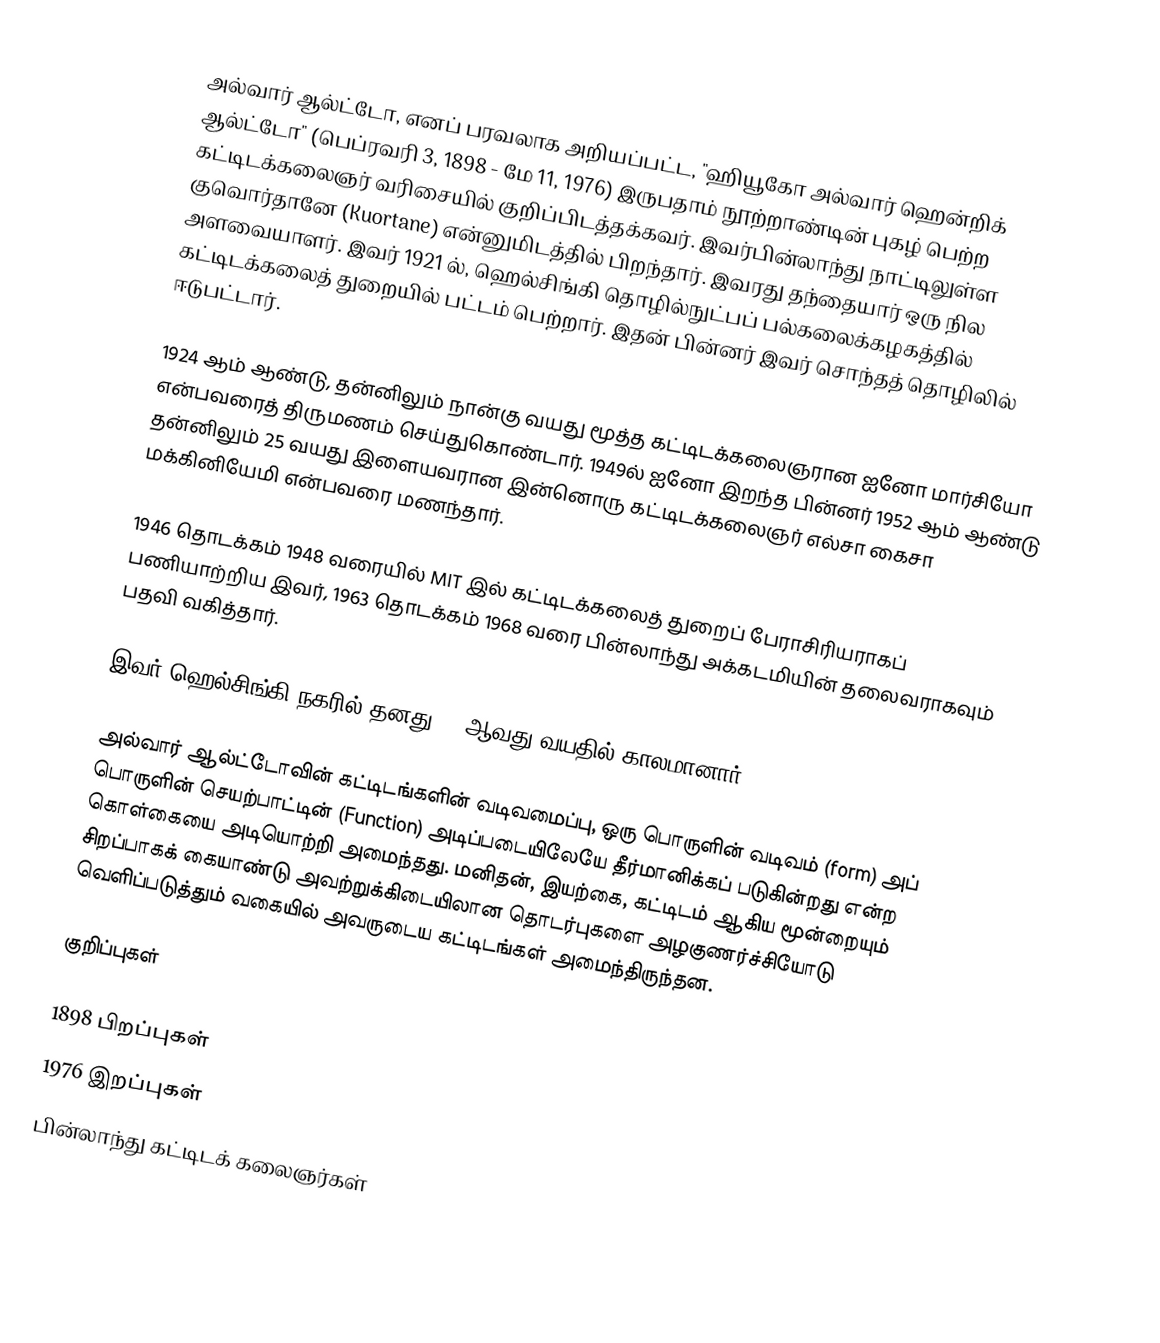
அல்வார் ஆல்ட்டோ, எனப் பரவலாக அறியப்பட்ட, "ஹியூகோ அல்வார் ஹென்றிக் ஆல்ட்டோ" (பெப்ரவரி 3, 1898 - மே 11, 1976) இருபதாம் நூற்றாண்டின் புகழ் பெற்ற கட்டிடக்கலைஞர் வரிசையில் குறிப்பிடத்தக்கவர். இவர்பின்லாந்து நாட்டிலுள்ள குவொர்தானே (Kuortane) என்னுமிடத்தில் பிறந்தார். இவரது தந்தையார் ஒரு நில அளவையாளர். இவர் 1921 ல், ஹெல்சிங்கி தொழில்நுட்பப் பல்கலைக்கழகத்தில் கட்டிடக்கலைத் துறையில் பட்டம் பெற்றார். இதன் பின்னர் இவர் சொந்தத் தொழிலில் ஈடுபட்டார்.

1924 ஆம் ஆண்டு, தன்னிலும் நான்கு வயது மூத்த கட்டிடக்கலைஞரான ஐனோ மார்சியோ என்பவரைத் திருமணம் செய்துகொண்டார். 1949ல் ஐனோ இறந்த பின்னர் 1952 ஆம் ஆண்டு தன்னிலும் 25 வயது இளையவரான இன்னொரு கட்டிடக்கலைஞர் எல்சா கைசா மக்கினியேமி என்பவரை மணந்தார்.

1946 தொடக்கம் 1948 வரையில் MIT இல் கட்டிடக்கலைத் துறைப் பேராசிரியராகப் பணியாற்றிய இவர், 1963 தொடக்கம் 1968 வரை பின்லாந்து அக்கடமியின் தலைவராகவும் பதவி வகித்தார்.

இவர் ஹெல்சிங்கி நகரில் தனது 78 ஆவது வயதில் காலமானார்.

அல்வார் ஆல்ட்டோவின் கட்டிடங்களின் வடிவமைப்பு, ஒரு பொருளின் வடிவம் (form) அப் பொருளின் செயற்பாட்டின் (Function) அடிப்படையிலேயே தீர்மானிக்கப் படுகின்றது என்ற கொள்கையை அடியொற்றி அமைந்தது. மனிதன், இயற்கை, கட்டிடம் ஆகிய மூன்றையும் சிறப்பாகக் கையாண்டு அவற்றுக்கிடையிலான தொடர்புகளை அழகுணர்ச்சியோடு வெளிப்படுத்தும் வகையில் அவருடைய கட்டிடங்கள் அமைந்திருந்தன.

குறிப்புகள்

1898 பிறப்புகள்
1976 இறப்புகள்
பின்லாந்து கட்டிடக் கலைஞர்கள்